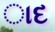
ાદ